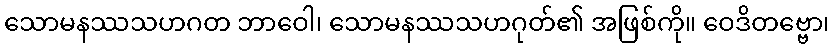
သောမနဿသဟဂတ ဘာဝေါ၊ သောမနဿသဟဂုတ်၏ အဖြစ်ကို။ ဝေဒိတဗ္ဗော၊